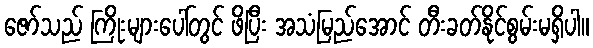
ဇော်သည် ကြိုးများပေါ်တွင် ဖိပြီး အသံမြည်အောင် တီးခတ်နိုင်စွမ်းမရှိပါ။